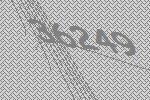
36249